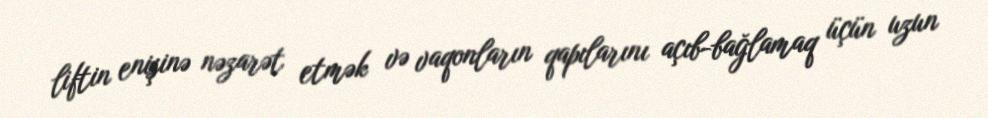
liftin enişinə nəzarət etmək və vaqonların qapılarını açıb-bağlamaq üçün uzun